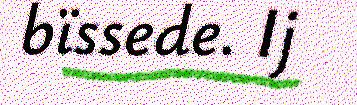
bïssede. Ij